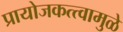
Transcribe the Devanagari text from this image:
प्रायोजकत्त्वामुळे